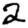
Digit: 2